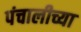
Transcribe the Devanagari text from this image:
पंचालीच्या